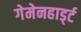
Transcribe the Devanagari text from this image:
गेमेनहार्ड्ट